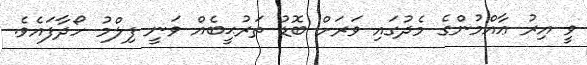
ވީ އިރު ޢާއްމުންގެ މެދުގައި ވަރަށް ބޮޑު ތަރުޙީބެއް ވަނީ ފިލްމު ހޯދާފައެވެ.